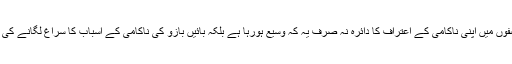
چنانچہ بائیں بازو کی صفوں میں اپنی ناکامی کے اعتراف کا دائرہ نہ صرف یہ کہ وسیع ہورہا ہے بلکہ بائیں بازو کی ناکامی کے اسباب کا سراغ لگانے کی کوششیں بھی ہورہی ہیں۔